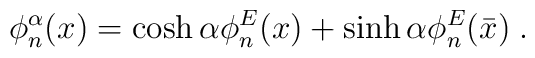
\phi_n^\alpha (x) = \cosh \alpha \phi^E_n (x) + \sinh \alpha\phi^E_n(\bar{x}) \; .